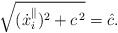
\begin{align*}\sqrt{({\dot x}^{\parallel}_i)^2 + c^{\kern 1pt 2}}=\hat c.\end{align*}